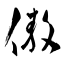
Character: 傲